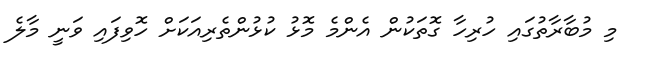
މި މުބާރާތުގައި ހުރިހާ ގޮތަކުން އެންމެ މޮޅު ކުޅުންތެރިއަކަށް ހޮވިފައި ވަނީ މާލެ